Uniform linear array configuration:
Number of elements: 48
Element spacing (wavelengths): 0.25
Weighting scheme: exponential
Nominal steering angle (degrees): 45
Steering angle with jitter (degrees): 46.512
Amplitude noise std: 0.05
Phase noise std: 0.05

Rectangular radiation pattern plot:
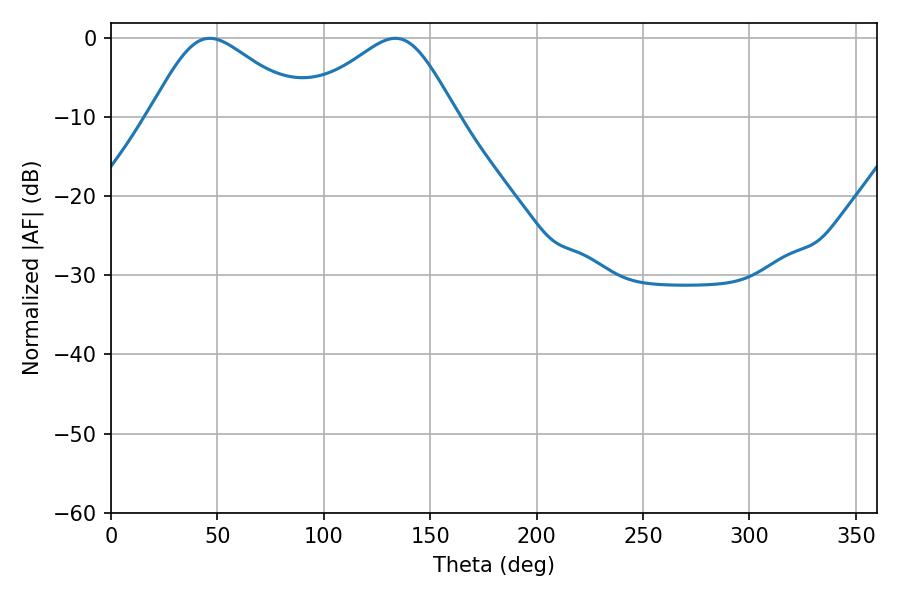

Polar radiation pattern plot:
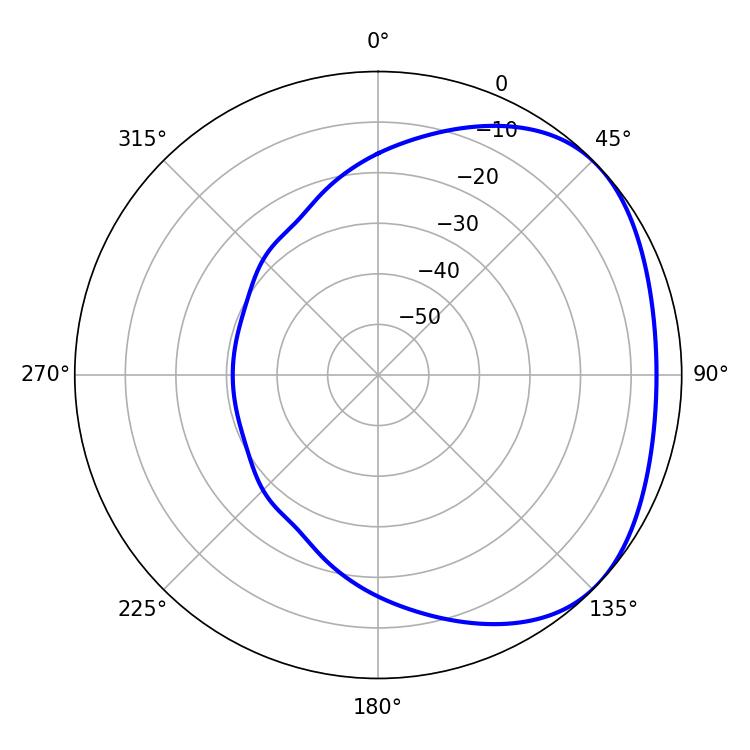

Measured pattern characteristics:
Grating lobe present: FALSE
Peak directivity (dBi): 2.641
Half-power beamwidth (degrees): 36.36
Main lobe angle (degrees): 46.44